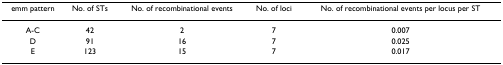
| emm pattern | No. of STs | No. of recombinational events | No. of loci | No. of recombinational events per locus per ST |
 | --- | --- | --- | --- | --- |
 | A-C | 42 | 2 | 7 | 0.007 |
 | D | 91 | 16 | 7 | 0.025 |
 | E | 123 | 15 | 7 | 0.017 |